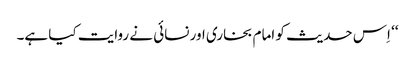
‘‘ اِس حدیث کو امام بخاری اور نسائی نے روایت کیا ہے۔